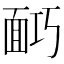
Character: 𩈎